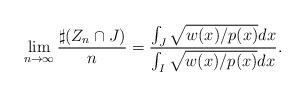
LaTeX: \begin{align*}\lim_{n\to\infty} \frac{\sharp (Z_n\cap J)}{n}= \frac{\int_J \sqrt{w(x)/p(x)}dx}{\int_I \sqrt{w(x)/p(x)}dx}.\end{align*}